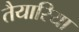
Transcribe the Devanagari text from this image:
तैयारिया